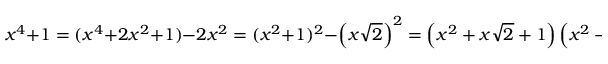
x ^ { 4 } + 1 = ( x ^ { 4 } + 2 x ^ { 2 } + 1 ) - 2 x ^ { 2 } = ( x ^ { 2 } + 1 ) ^ { 2 } - \left( x { \sqrt { 2 } } \right) ^ { 2 } = \left( x ^ { 2 } + x { \sqrt { 2 } } + 1 \right) \left( x ^ { 2 } - x { \sqrt { 2 } } + 1 \right) .